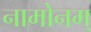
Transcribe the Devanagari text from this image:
नामोनम्